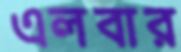
এলবার